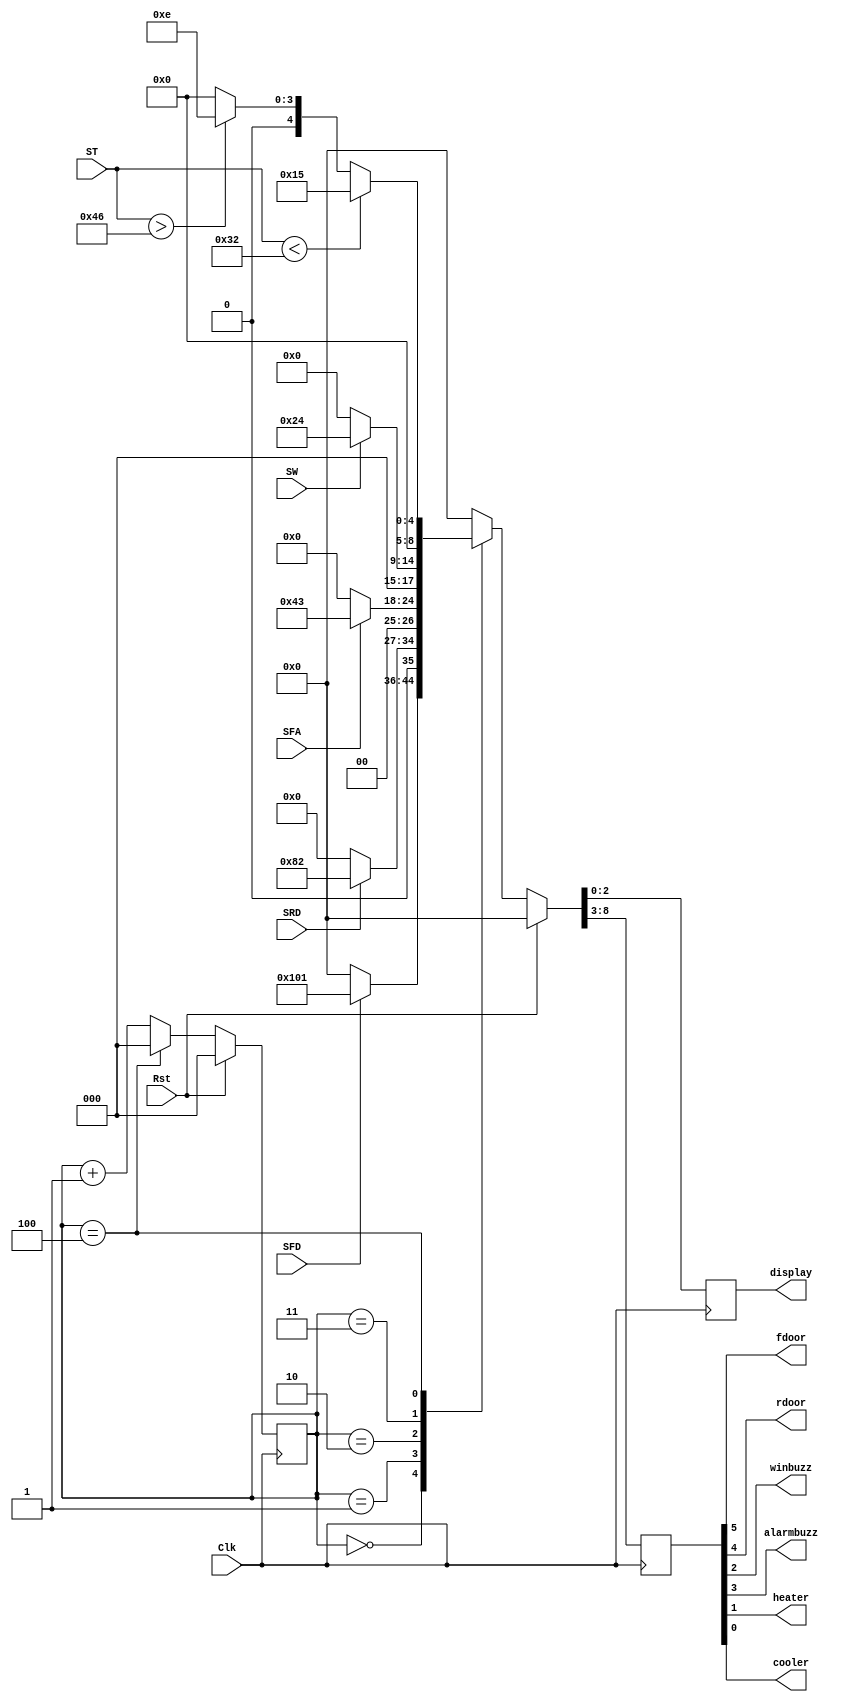
/*
1
2
3
4
5
*/
module integ(
  input wire Clk, Rst, SFD, SRD, SW, SFA,
  input wire[6:0] ST,

  output wire fdoor, rdoor, winbuzz, alarmbuzz, heater, cooler,
  output reg[2:0] display);

  reg[5:0] out;
  assign {fdoor, rdoor, alarmbuzz, winbuzz, heater, cooler} = out;

  reg [2:0] State;
  localparam S1 = 3'b000;
  localparam S2 = 3'b001;
  localparam S3 = 3'b010;
  localparam S4 = 3'b011;
  localparam S5 = 3'b100;


  always @(posedge Clk)
  begin
    {out, display} <= 0;

    if(Rst) begin
      State <= S1;
    end

    else begin

    State <= State + 1;

      case(State)
        S1: begin
          if(SFD) {out, display} <= 1 | (1<<8);
           
        end
        S2: begin
          if(SRD) {out, display} <= 2 | (1<<7);
           
       end
        S3: begin
          if(SFA) {out, display} <= 3 | (1<<6);
           
        end
        S4: begin
          if(SW)  {out, display} <= 4 | (1<<5);
           
        end
        S5: begin
          State <= S1;
          if(ST < 50)       {out, display} <= 5 | (1<<4);
          else if(ST > 70)  {out, display} <= 6 | (1<<3);
           
        end
        default:;
      endcase
    end
  end

endmodule